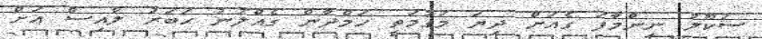
ސުކޫލު ނިންމާފަ ގެއަށް ދިޔަ މަގުމަތީ ހަމްދާން ގެއްލުނު ޙަބަރު ލާއިސް އަށް